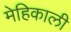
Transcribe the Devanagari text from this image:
मेहिकाली